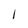
Character: I